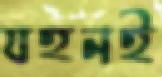
যহনই